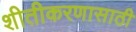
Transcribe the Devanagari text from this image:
शीतीकरणासाठी